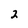
Character: 2